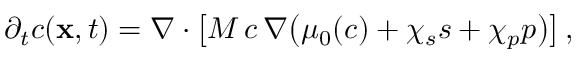
\partial _ { t } c ( { \bf x } , t ) = \boldsymbol \nabla \cdot \big [ M \, c \, \boldsymbol \nabla \big ( \mu _ { 0 } ( c ) + \chi _ { s } s + \chi _ { p } p \big ) \big ] \, ,